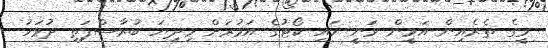
މީގެ ތެރެއިން އަމީން ވަނީ ހައި ކޯޓުގެ އަމުރަށް މިދިޔަ ބުރާސްފަތި ދުވަހު